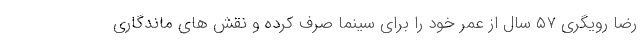
رضا رویگری ۵۷ سال از عمر خود را برای سینما صرف کرده و نقش های ماندگاری